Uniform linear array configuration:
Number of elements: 24
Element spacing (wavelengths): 0.5
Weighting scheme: binomial
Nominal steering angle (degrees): -60
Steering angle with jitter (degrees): -58.789
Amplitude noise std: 0.05
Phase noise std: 0.05

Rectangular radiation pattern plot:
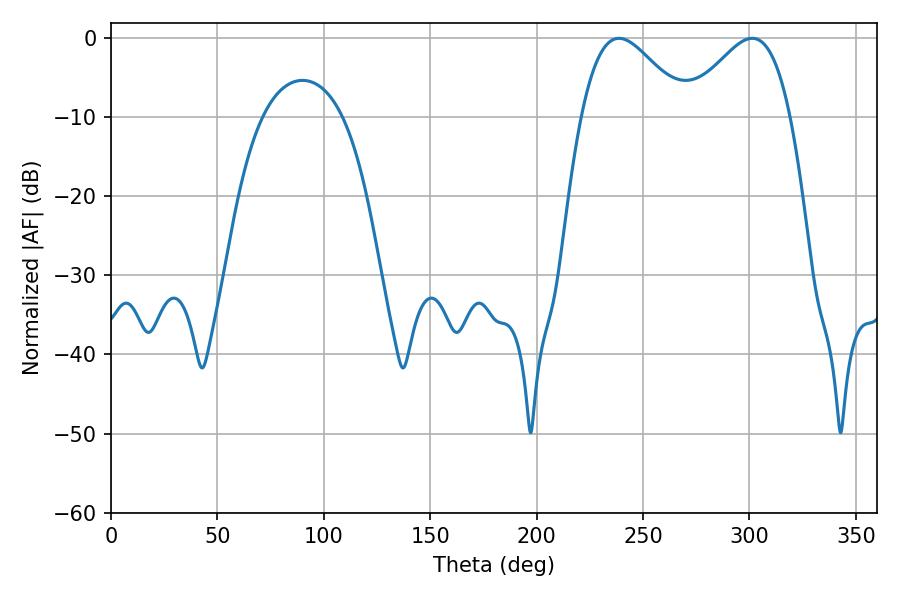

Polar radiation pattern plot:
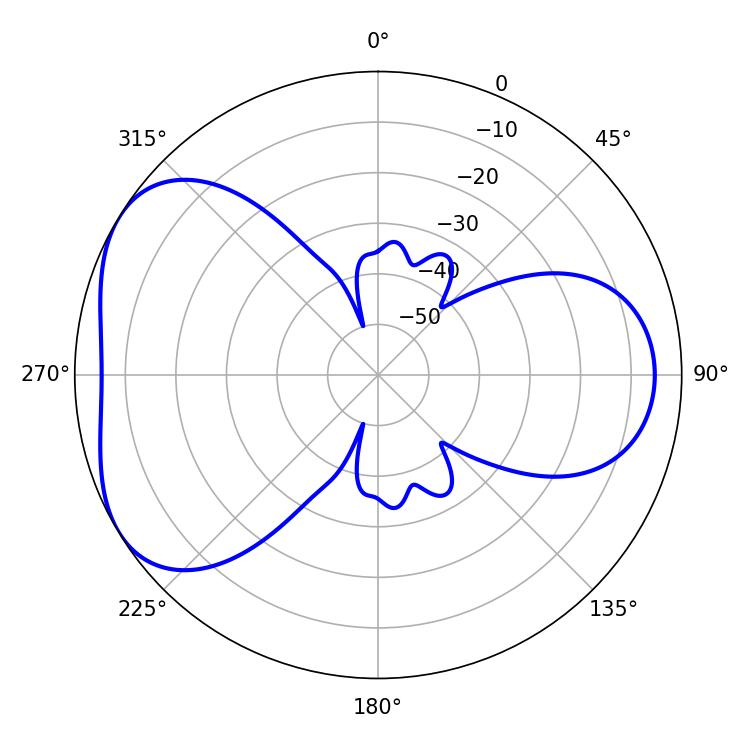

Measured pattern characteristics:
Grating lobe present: FALSE
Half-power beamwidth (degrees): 26.28
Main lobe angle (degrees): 238.68